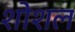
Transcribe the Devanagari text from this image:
शोशल